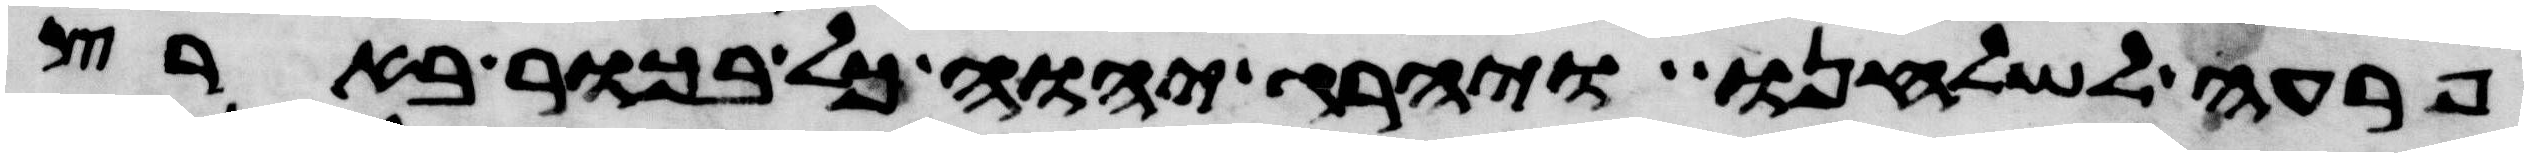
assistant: פרעה לשלחנו ויהרג יהוה כל בכור בארץ